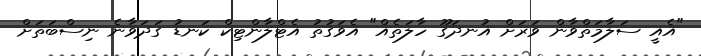
"އެއީ ސަލާމަތްވާން ވަރަށް އުނދަގޫ ހާލަތެއް" އެވަގުތު އެޓްލާންޓިކް ކަނޑު ގަދަވާނެ ނިސްބަތަށް